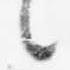
言